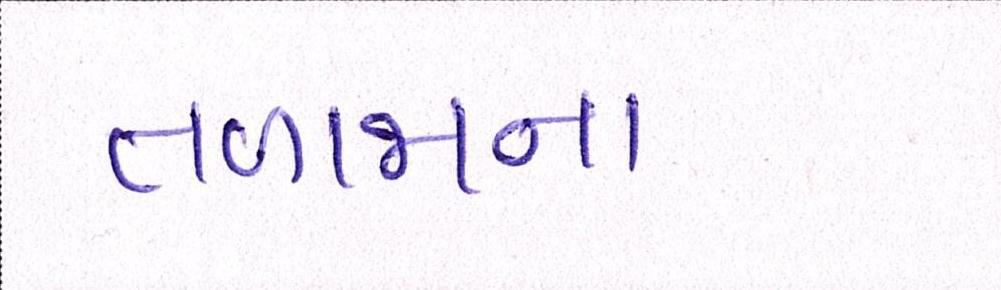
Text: તળાજાના